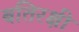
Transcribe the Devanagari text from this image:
बतिरक्षी